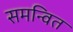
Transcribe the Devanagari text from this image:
समन्‍वित